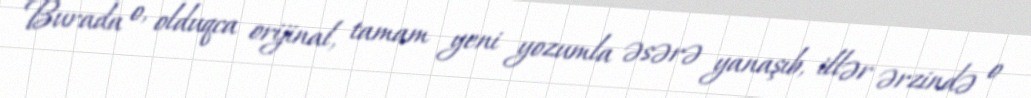
Burada o, olduqca orijinal, tamam yeni yozumla əsərə yanaşıb, illər ərzində o